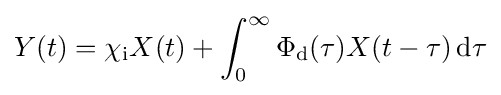
Y(t)=\chi _{\text{i}}X(t)+\int _{0}^{\infty }\Phi _{\text{d}}(\tau )X(t-\tau )\,\mathrm {d} \tau